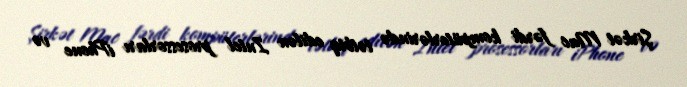
Şirkət Mac fərdi kompüterlərində tətbiq edilən Intel prosessorları iPhone və